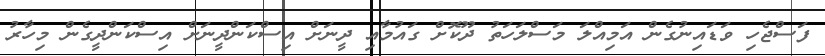
ފަސްޖެހި ވަޑައިނުގެން އަމިއްލަ މަސްލަހަތު ދޫކޮށް ގައުމާއި ދީނަށް އިސްކަންދީނަށް އިސްކަންދީގެން މިހާރު